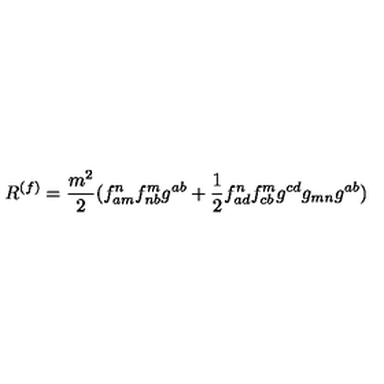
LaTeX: R ^ { ( f ) } = \frac { m ^ { 2 } } { 2 } ( f _ { a m } ^ { n } f _ { n b } ^ { m } g ^ { a b } + \frac 1 2 f _ { a d } ^ { n } f _ { c b } ^ { m } g ^ { c d } g _ { m n } g ^ { a b } )